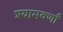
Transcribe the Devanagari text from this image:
श्यामवर्णां